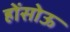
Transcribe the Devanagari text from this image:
होंसोऊ